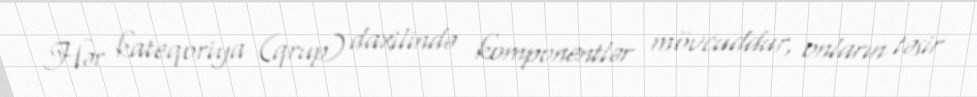
Hər kateqoriya (qrup) daxilində komponentlər mövcuddur, onların təsir